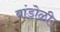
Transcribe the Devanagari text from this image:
बांडोळी